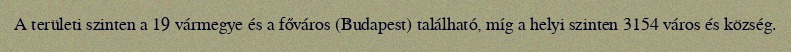
A területi szinten a 19 vármegye és a főváros (Budapest) található, míg a helyi szinten 3154 város és község.